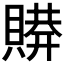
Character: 𰷋